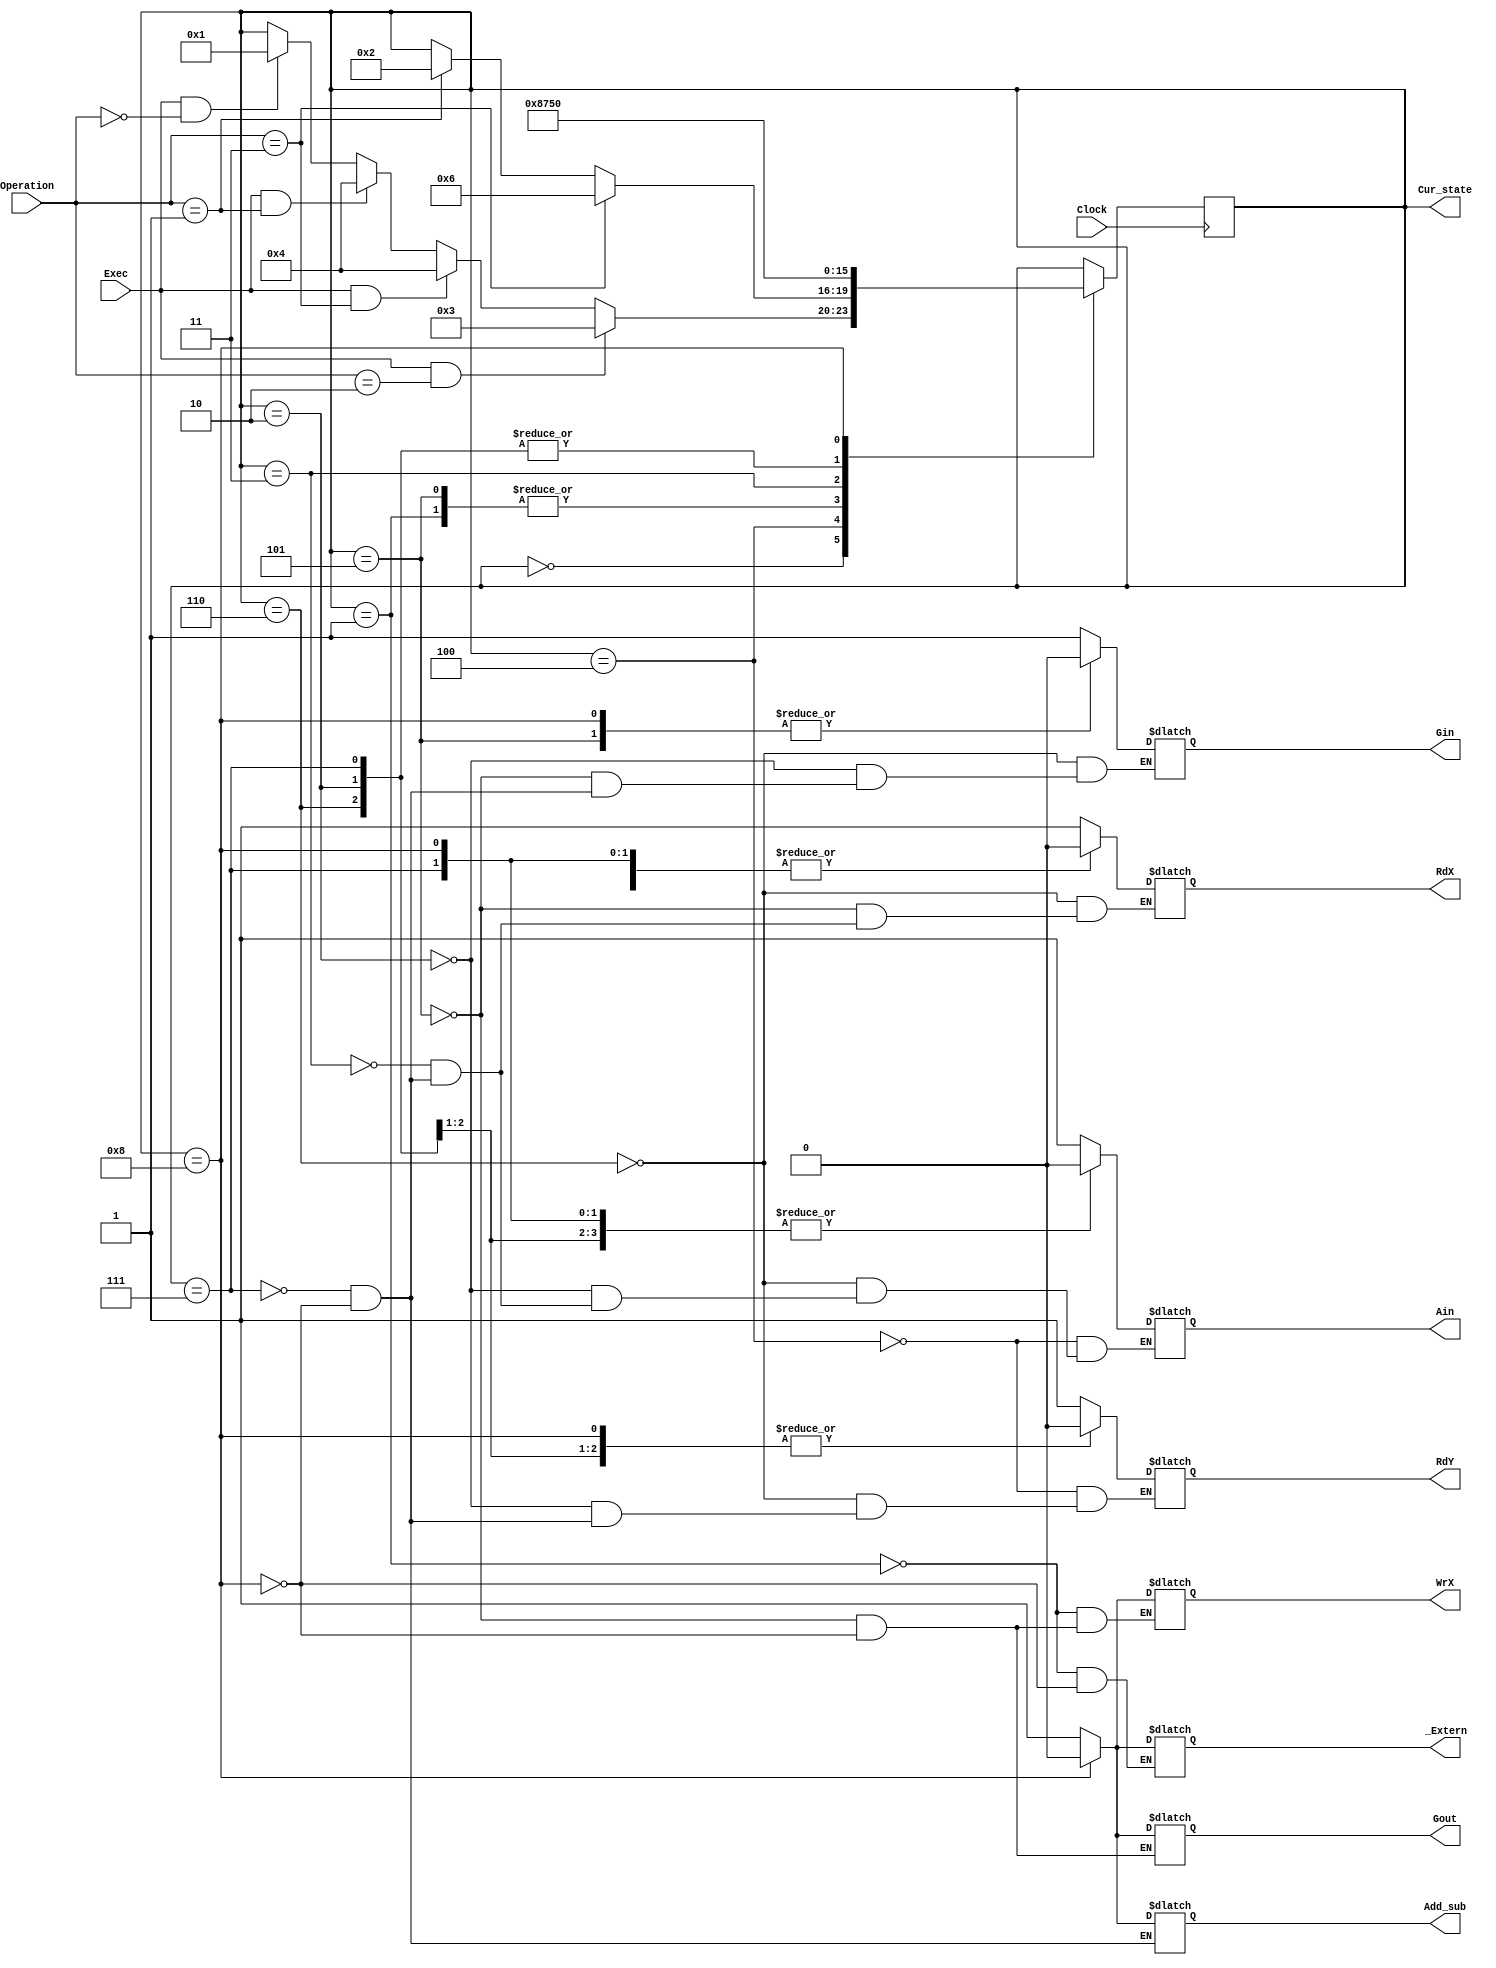
`timescale 1ns / 1ps
//////////////////////////////////////////////////////////////////////////////////
// School: Santa Clara University 
// 
// Design Name: 
// Module Name: Lab_1_Project
// Project Name: 
// Target Devices: 
// Tool Versions: 
// Description: 
// 
// Dependencies: 
// 
// Revision:
// Revision 0.01 - File Created
// Additional Comments:
// 
//////////////////////////////////////////////////////////////////////////////////

module Lab_1_Project (  input Clock,
                        input Exec,
                        input [1:0] Operation,
                        output reg _Extern,
                        output reg Gout,
                        output reg Gin,
                        output reg Ain,
                        output reg RdX,
                        output reg RdY,
                        output reg WrX,
                        output reg Add_sub,
                        output [3:0] Cur_state);
   
    parameter idle =   4'b0000;
    parameter load =   4'b0001;
    parameter move =   4'b0010;
    parameter read_x = 4'b0011;
    parameter read_y = 4'b0100;
    parameter write_x =4'b0101;
    parameter add =    4'b0110;
    parameter sub =    4'b0111;
    parameter done =   4'b1000;
    
    reg [3:0] state = idle;
    reg [3:0] next_state;
    assign Cur_state = state;//set the cur_state as a wire and had to use the syntax assign because you cant physicaly change it for a register
   
    initial begin
            _Extern<=0;
            Gout<=0;
            Ain<=0;
            Gin<=0;
            RdX<=0;
            RdY<=0;
            Add_sub<=0;
            next_state<=idle;
        end
            
    always@(posedge Clock)
        begin
            state <= next_state;
        end
        
always@(*)
    begin
        next_state=state;
        case (state)
            idle:begin
                if(Exec == 1 && Operation==0)
                    next_state = load;
                if(Exec==1&&Operation==1)
                    next_state=read_y;
                if(Exec==1&&Operation==3)
                    next_state=read_y;
                if(Exec==1&&Operation==2)
                    next_state=read_x;
                end
            
            //load state idle
            load: begin
                WrX = 1;
                _Extern=1;
                next_state=done;
               end
               
            //read y state idle
            read_y: begin
                RdY = 1;
                Ain = 1;
                if(Operation== 3)
                    next_state=add;
                else if(Operation==1)
                    next_state=move;
               end
                
            add: begin
                RdY = 0;
                Ain = 0;
                RdX=1;
                Gin=1;
                next_state=write_x;
               end
            
            move: begin
                RdY = 0;
                Ain = 0;
                Gin = 1;
                next_state = write_x;
               end
            
            write_x: begin
                RdX=0;
                Gin=0;
                Gout=1;
                WrX=1;
                next_state=done;
               end
                
            read_x: begin
                RdX=1;
                Ain=1;
                next_state = sub;
               end
                
            sub: begin
                RdX=0;
                Ain=0;
                RdY=1;
                Add_sub=1;
                Gin=1;
                next_state = write_x;
               end
               
            done: begin
                RdX=0;
                RdY=0;
                Gout=0;
                Gin=0;
                WrX=0;
                Ain=0;
                _Extern=0;
                Add_sub=0;
                next_state = idle;
                end
        endcase 
    end
endmodule